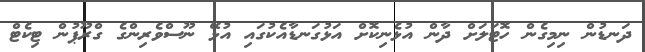
ދަނޑުން ނިމިގެން ހޮޓަލަށް ދާން އުޅެނިކޮށް އަޅުގަނޑާއެކުގައި އުޅޭ ނޫސްވެރިންގެ ގްރޫޕުން ޓިކެޓް